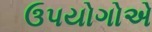
ઉપયોગોએ